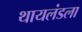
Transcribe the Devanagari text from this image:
थायलंडला